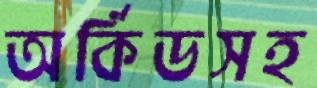
অর্কিডসহ